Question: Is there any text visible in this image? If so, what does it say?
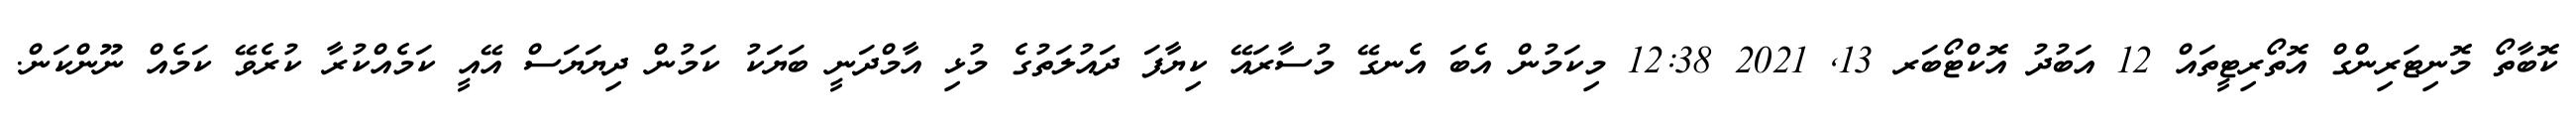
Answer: ކޮބާތޯ މޮނިޓަރިންގް އޮތޯރިޓީތައް 12 އަބުދު އޮކްޓޯބަރ 13, 2021 12:38 މިކަމުން އެބަ އެނގޭ މުސާރައޭ ކިޔާފަ ދައުލަތުގެ މުޅި އާމްދަނީ ބަޔަކު ކަމުން ދިޔަޔަސް އޭއީ ކަމެއްކުރާ ކުރެވޭ ކަމެއް ނޫންކަން.